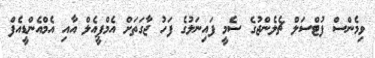
ވިމެންސް ފުޓްސަލް ޗެލެންޖުގެ ސެމީ ފައިނަލުގެ ފަހު ޖާގަތަށް އެމްޕީއެލް އާއި އެމްއެންޑީއެފް